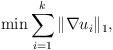
LaTeX: \begin{align*} \min \sum_{i=1}^k \|\nabla u_i\|_1,\end{align*}